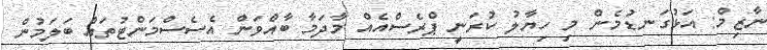
ނާޒިމް: އަޅުގަނޑުމެން މި ހިޔާލު ކުރަނީ ޕްރެސްއެއް މާދަމާ ބާއްވަން އެސެސްމަންޓުތައް ބަލަމުން